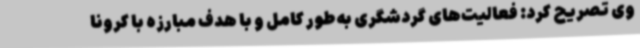
وی تصریح کرد: فعالیت‌های گردشگری به‌طور کامل و با هدف مبارزه با کرونا